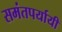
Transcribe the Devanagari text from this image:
समंतपर्यायी